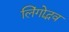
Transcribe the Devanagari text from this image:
लिंगोद्भव